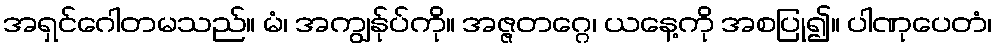
အရှင်ဂေါတမသည်။ မံ၊ အကျွန်ုပ်ကို။ အဇ္ဇတဂ္ဂေ၊ ယနေ့ကို အစပြု၍။ ပါဏုပေတံ၊